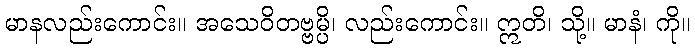
မာနလည်းကောင်း။ အသေဝိတဗ္ဗမ္ပိ၊ လည်းကောင်း။ ဣတိ၊ သို့။ မာနံ၊ ကို။